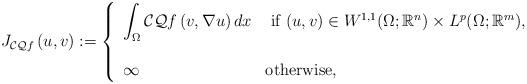
LaTeX: \begin{align*}J_{{\cal CQ} f}\left( u,v\right) :=\left\{\begin{array}{ll}\displaystyle{\int_{\Omega}{\cal CQ }f\left(v,\nabla u \right) dx} &\hbox{ if } (u,v) \in W^{1,1}(\Omega;\mathbb R^n)\times L^p(\Omega;\mathbb R^m),\\\\\infty &\hbox{otherwise,}\end{array}\right.\end{align*}